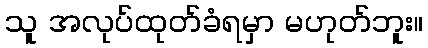
သူ အလုပ်ထုတ်ခံရမှာ မဟုတ်ဘူး။